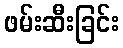
ဖမ်းဆီးခြင်း